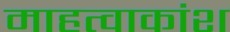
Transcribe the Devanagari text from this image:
माहत्वाकांश